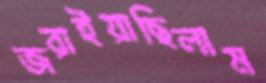
জরাইয়াছিলাম